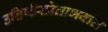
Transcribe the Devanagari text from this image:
उत्तिष्ठँस्त्रेताभवति